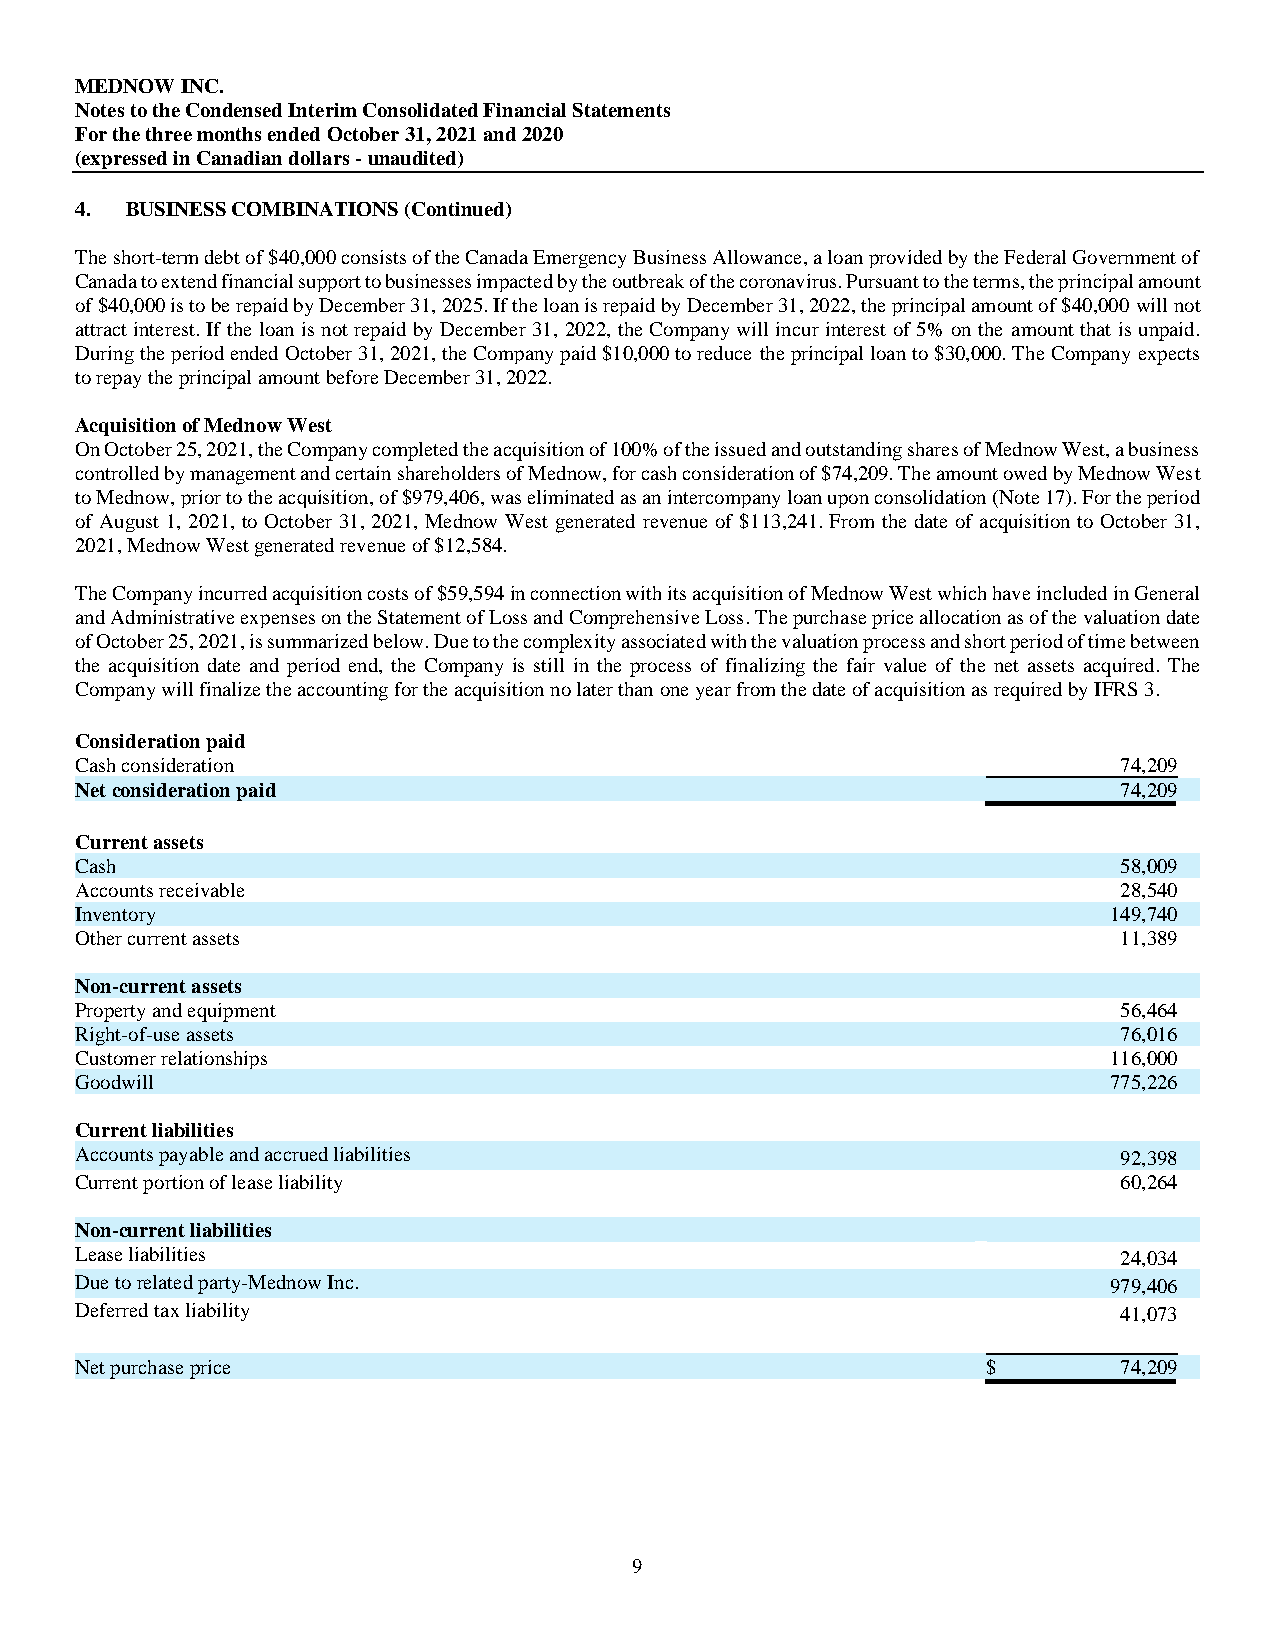
MEDNOW INC.
 Notes to the Condensed Interim Consolidated Financial Statements
 For the three months ended October 31, 2021 and 2020
 (expressed in Canadian dollars - unaudited)
 4. BUSINESS COMBINATIONS (Continued)
 The short-term debt of $40,000 consists of the Canada Emergency Business Allowance, a loan provided by the Federal Government of
 Canada to extend financial support to businesses impacted by the outbreak of the coronavirus. Pursuant to the terms, the principal amount
 of $40,000 is to be repaid by December 31, 2025. If the loan is repaid by December 31, 2022, the principal amount of $40,000 will not
 attract interest. If the loan is not repaid by December 31, 2022, the Company will incur interest of 5% on the amount that is unpaid.
 During the period ended October 31, 2021, the Company paid $10,000 to reduce the principal loan to $30,000. The Company expects
 to repay the principal amount before December 31, 2022.
 Acquisition of Mednow West
 On October 25, 2021, the Company completed the acquisition of 100% of the issued and outstanding shares of Mednow West, a business
 controlled by management and certain shareholders of Mednow, for cash consideration of $74,209. The amount owed by Mednow West
 to Mednow, prior to the acquisition, of $979,406, was eliminated as an intercompany loan upon consolidation (Note 17). For the period
 of August 1, 2021, to October 31, 2021, Mednow West generated revenue of $113,241. From the date of acquisition to October 31,
 2021, Mednow West generated revenue of $12,584.
 The Company incurred acquisition costs of $59,594 in connection with its acquisition of Mednow West which have included in General
 and Administrative expenses on the Statement of Loss and Comprehensive Loss. The purchase price allocation as of the valuation date
 of October 25, 2021, is summarized below. Due to the complexity associated with the valuation process and short period of time between
 the acquisition date and period end, the Company is still in the process of finalizing the fair value of the net assets acquired. The
 Company will finalize the accounting for the acquisition no later than one year from the date of acquisition as required by IFRS 3.
 Consideration paid
 Cash consideration                                                   74,209
 Net consideration paid                                               74,209
 Current assets
 Cash                                                                 58,009
 Accounts receivable                                                  28,540
 Inventory                                                           149,740
 Other current assets                                                 11,389
 Non-current assets
 Property and equipment                                               56,464
 Right-of-use assets                                                  76,016
 Customer relationships                                              116,000
 Goodwill                                                            775,226
 Current liabilities
 Accounts payable and accrued liabilities                             92,398
 Current portion of lease liability                                   60,264
 Non-current liabilities
 Lease liabilities                                                    24,034
 Due to related party-Mednow Inc.                                    979,406
 Deferred tax liability                                               41,073
 Net purchase price                                          $        74,209
 9